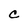
Character: C